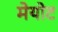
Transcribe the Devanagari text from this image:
मेयोट